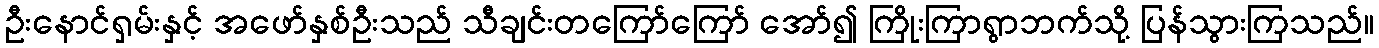
ဦးနောင်ရှမ်းနှင့် အဖော်နှစ်ဦးသည် သီချင်းတကြော်ကြော် အော်၍ ကြိုးကြာရွာဘက်သို့ ပြန်သွားကြသည်။